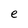
Character: e